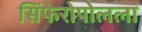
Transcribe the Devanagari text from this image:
सिंफेरोपोलला